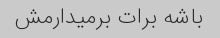
باشه برات برمیدارمش